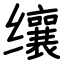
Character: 𬙋